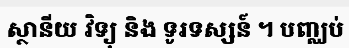
ស្ថានីយ វិទ្យុ និង ទូរទស្សន៍ ។ បញ្ឈប់